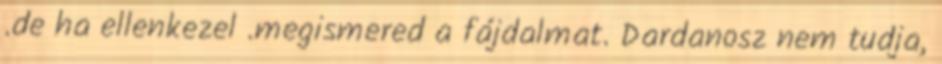
.de ha ellenkezel .megismered a fájdalmat. Dardanosz nem tudja,